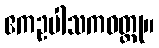
ဧကဥပါသကဝတ္ထု။